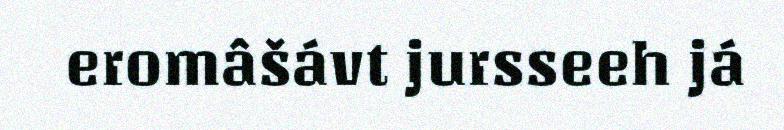
eromâšávt jursseeh já